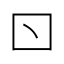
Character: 𠮚